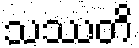
သဿတိ